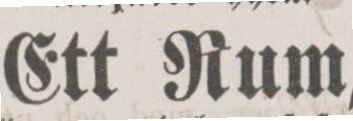
Ett Rum,